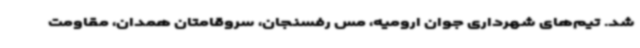
شد. تیم‌های شهرداری جوان ارومیه، مس رفسنجان، سروقامتان همدان، مقاومت